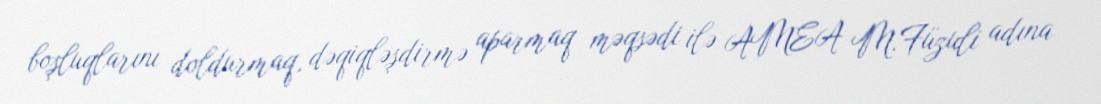
boşluqlarını doldurmaq, dəqiqləşdirmə aparmaq məqsədi ilə AMEA M.Füzuli adına